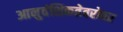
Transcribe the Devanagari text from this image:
आनुवंशिकतेबरोबर